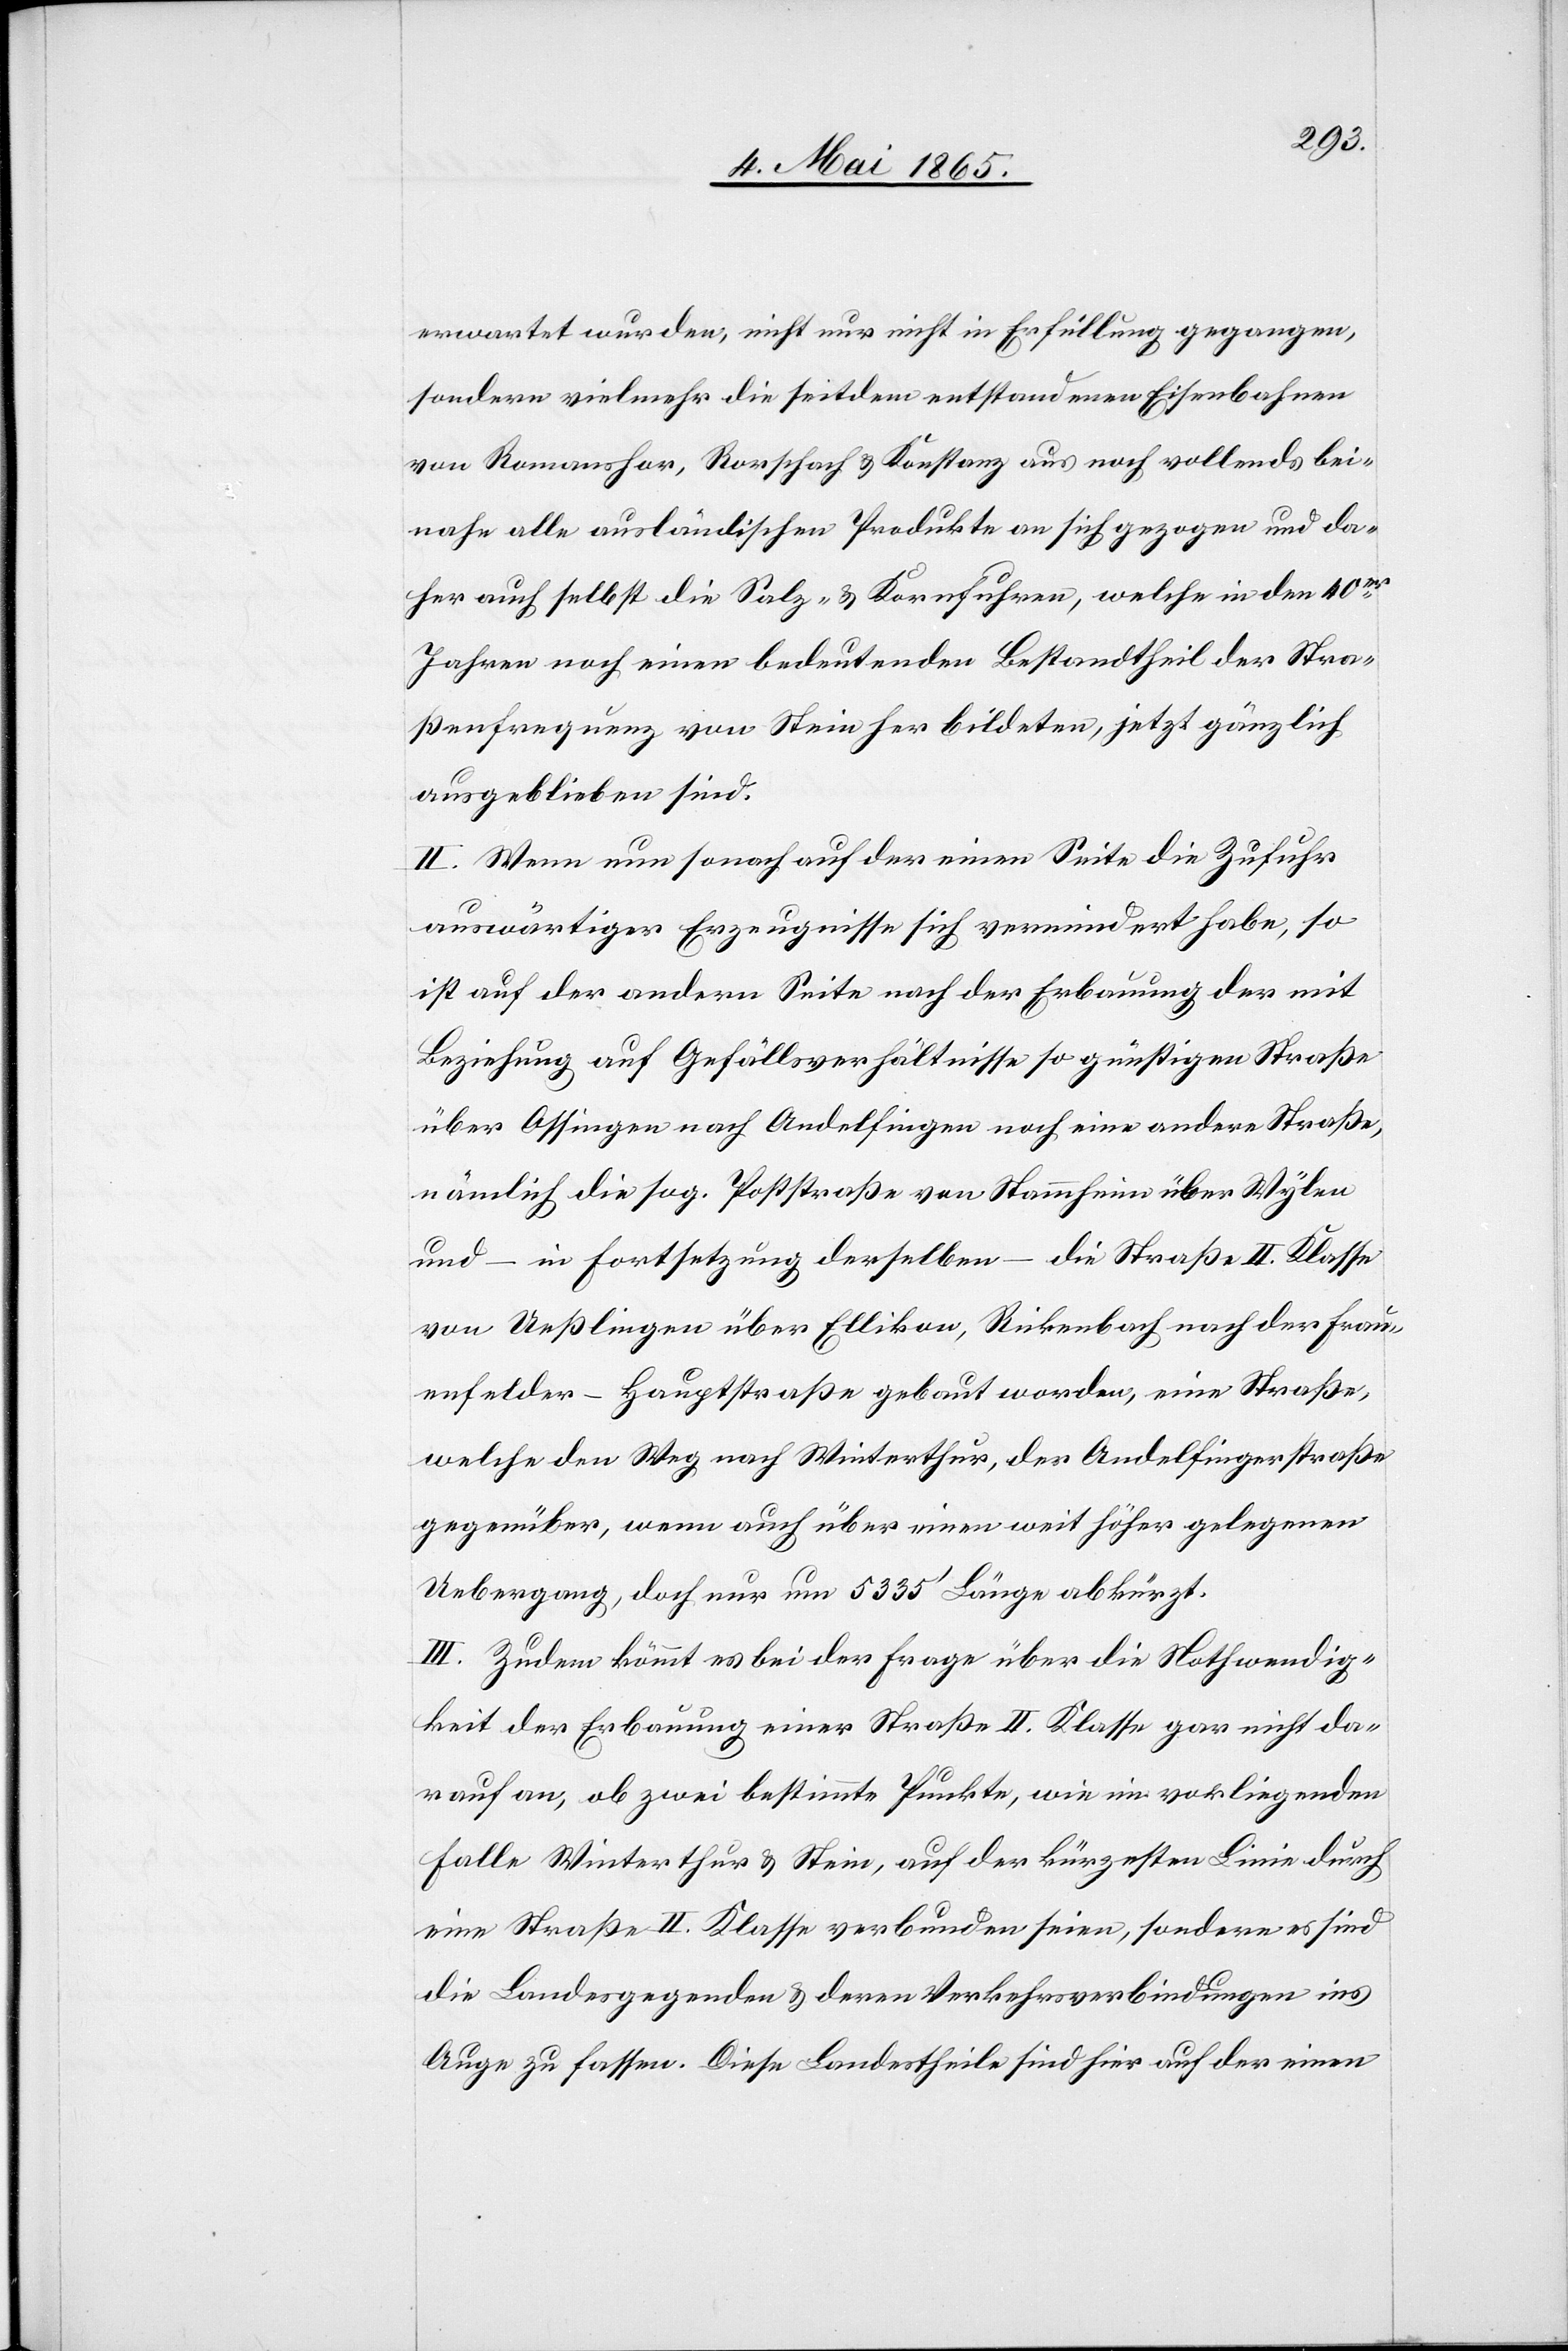
erwartet wurden, nicht nur nicht in Erfüllung gegangen,
sondern vielmehr die seitdem entstandenen Eisenbahnen
von Romanshor[n], Rorschach & Konstanz aus noch vollends bei¬
nahe alle ausländischen Produkte an sich gezogen und da¬
her auch selbst die Salz- & Kornfuhren, welche in den 40er
Jahren noch einen bedeutenden Bestandtheil der Stra¬
ßenfrequenz von Stein her bildeten, jetzt gänzlich
ausgeblieben sind.
II. Wenn nun sonach auf der einen Seite die Zufuhr
auswärtiger Erzeugnisse sich vermindert habe, so
ist auf der andern Seite nach der Erbauung der mit
Beziehung auf Gefällsverhältnisse so günstigen Straße
über Ossingen nach Andelfingen noch eine andere Straße,
nämlich die sog. Poststraße von Stammheim über Wylen
und – in Fortsetzung derselben – die Straße II. Klasse
von Ueßlingen über Ellikon, Rickenbach nach der Frau¬
enfelder-Hauptsraße gebaut worden, eine Straße,
welche den Weg nach Winterthur, der Andelfingerstraße
gegenüber, wenn auch über einen weit höher gelegenen
Uebergang, doch nur um 5335’ Länge abkürzt.
III. Zudem kömmt es bei der Frage über die Nothwendig¬
keit der Erbauung einer Straße II. Klasse gar nicht da¬
rauf an, ob zwei bestimmte Punkte, wie im vorliegenden
Falle Winterthur & Stein, auf der kürzesten Linie durch
eine Straße II. Klasse verbunden seien, sondern es sind
die Landesgegenden & deren Verkehrsverbindungen ins
Auge zu fassen. Diese Landestheile sind hier auf der einen